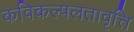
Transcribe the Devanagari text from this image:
कविकल्पलतावृत्ति